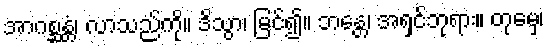
အာဂစ္ဆန္တံ၊ လာသည်ကို။ ဒိသွာ၊ မြင်၍။ ဘန္တေ၊ အရှင်ဘုရား။ တုမှေ၊